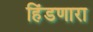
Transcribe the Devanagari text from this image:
हिंडणारा